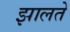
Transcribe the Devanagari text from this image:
झालते